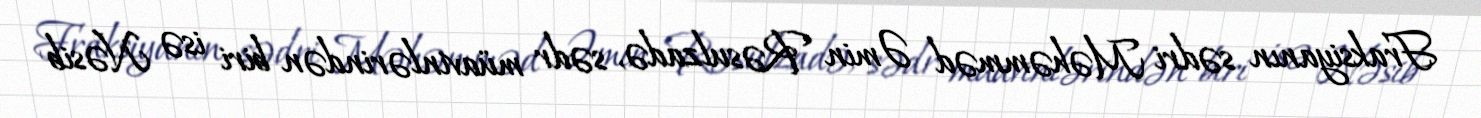
Fraksiyanın sədri Məhəmməd Əmin Rəsulzadə, sədr müavinlərindən biri isə Nəsib